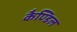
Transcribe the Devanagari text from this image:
कैण्डिल